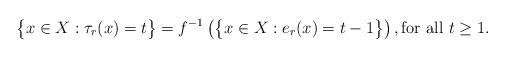
LaTeX: \begin{align*}\big\{ x \in X : \tau_r(x) = t \big\} = f^{-1}\left( \big\{ x \in X : e_r(x) = t-1 \big\} \right), \mbox{for all $t \ge 1$.}\end{align*}